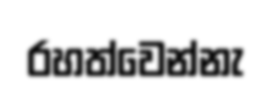
රහත්වෙන්නැ